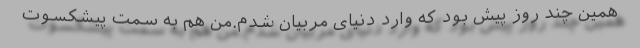
همین چند روز پیش بود که وارد دنیای مربیان شدم.من هم به سمت پیشکسوت